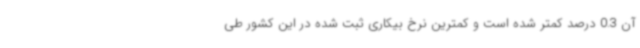
آن 0.3 درصد کمتر شده است و کمترین نرخ بیکاری ثبت شده در این کشور طی